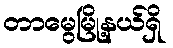
တာမွေမြို့နယ်ရှိ